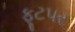
ફૂટપર